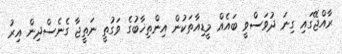
ރާއްޖޭގައި ގިނަ ދުވަސްވީ ބައެއް މީޑިއާތަކުން އިންތިޚާބުގެ ވަގުތީ ނަތީޖާ ގެނެސްދިން އިރު